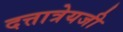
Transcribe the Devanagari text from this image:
दत्तात्रेयजी